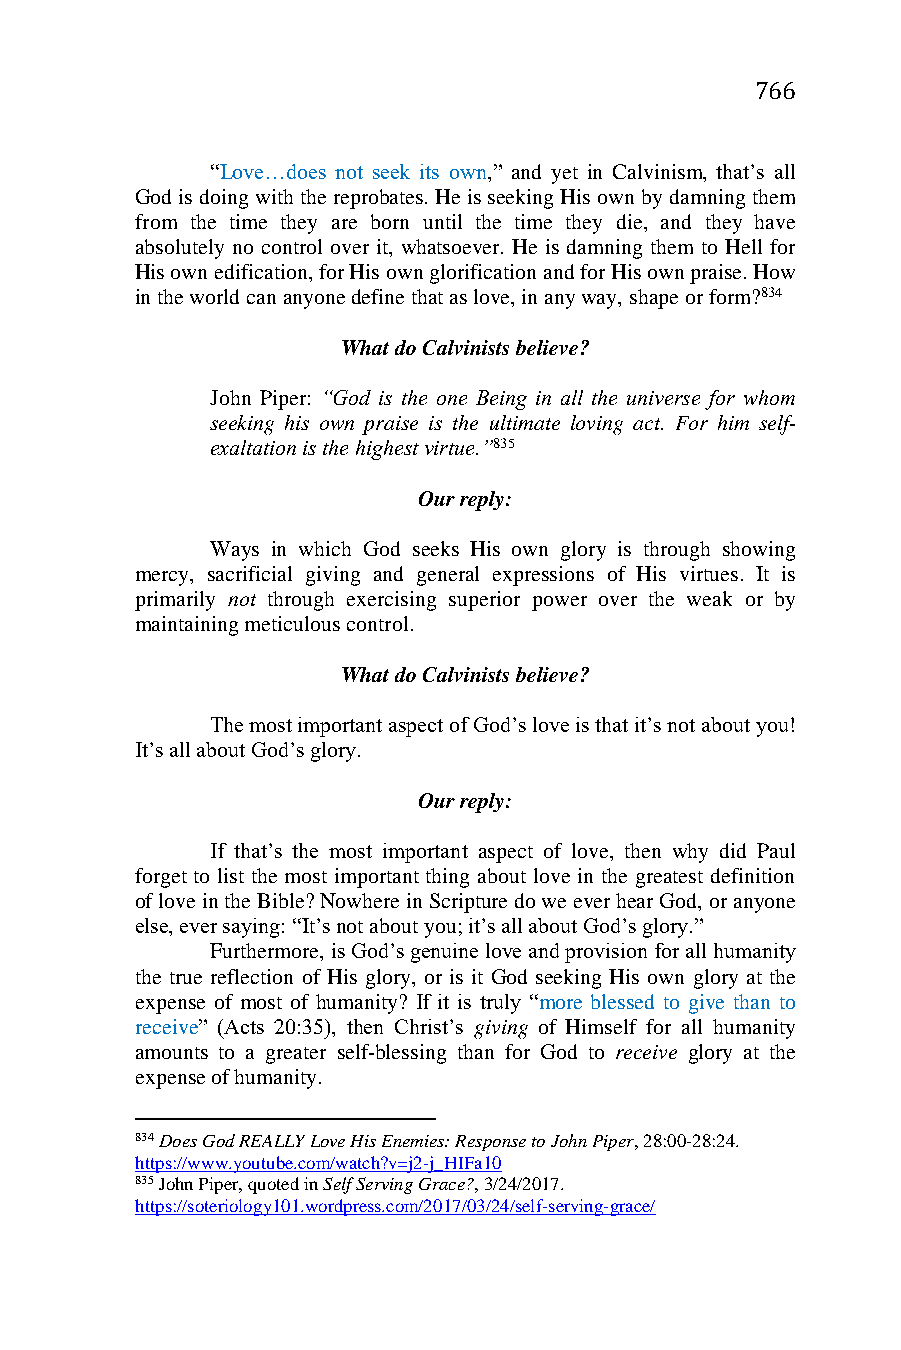
766
 “Love…does not seek its own,” and yet in Calvinism, that’s all
 God is doing with the reprobates. He is seeking His own by damning them
 from the time they are born until the time they die, and they have
 absolutely no control over it, whatsoever. He is damning them to Hell for
 His own edification, for His own glorification and for His own praise. How
 in the world can anyone define that as love, in any way, shape or form?834
 What do Calvinists believe?
 John Piper: “God is the one Being in all the universe for whom
 seeking his own praise is the ultimate loving act. For him self-
 exaltation is the highest virtue.”835
 Our reply:
 Ways in which God seeks His own glory is through showing
 mercy, sacrificial giving and general expressions of His virtues. It is
 primarily not through exercising superior power over the weak or by
 maintaining meticulous control.
 What do Calvinists believe?
 The most important aspect of God’s love is that it’s not about you!
 It’s all about God’s glory.
 Our reply:
 If that’s the most important aspect of love, then why did Paul
 forget to list the most important thing about love in the greatest definition
 of love in the Bible? Nowhere in Scripture do we ever hear God, or anyone
 else, ever saying: “It’s not about you; it’s all about God’s glory.”
 Furthermore, is God’s genuine love and provision for all humanity
 the true reflection of His glory, or is it God seeking His own glory at the
 expense of most of humanity? If it is truly “more blessed to give than to
 receive” (Acts 20:35), then Christ’s giving of Himself for all humanity
 amounts to a greater self-blessing than for God to receive glory at the
 expense of humanity.
 834 Does God REALLY Love His Enemies: Response to John Piper, 28:00-28:24.
 https://www.youtube.com/watch?v=j2-j_HIFa10
 835 John Piper, quoted in Self Serving Grace?, 3/24/2017.
 https://soteriology101.wordpress.com/2017/03/24/self-serving-grace/